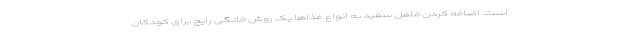
است. اضافه کردن فلفل سفید به انواع غذاها یک روش خانگی رایج برای کودکان